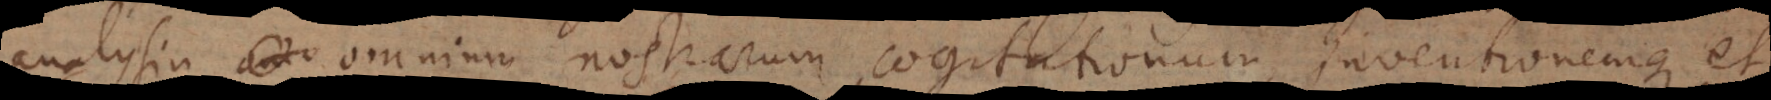
analysin omnium nostrarum cogitationum, inventionemque et